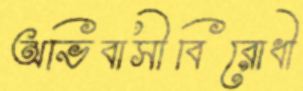
অভিবাসীবিরোধী